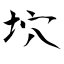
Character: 坹